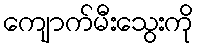
ကျောက်မီးသွေးကို